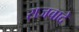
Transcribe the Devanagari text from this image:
राजवादे